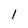
Character: l